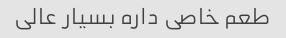
طعم خاصی داره بسیار عالی